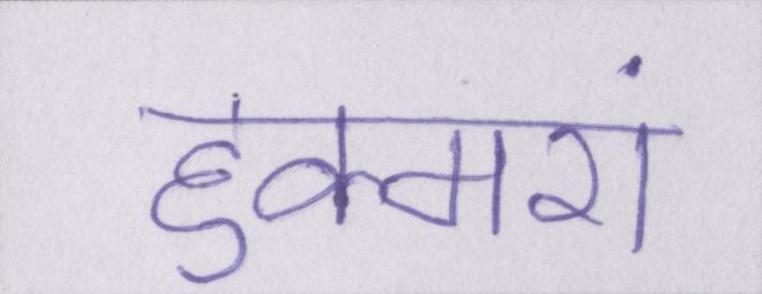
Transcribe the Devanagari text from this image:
हुक्मरां